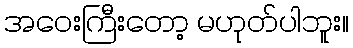
အဝေးကြီးတော့ မဟုတ်ပါဘူး။